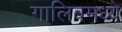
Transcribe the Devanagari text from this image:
गालिबमध्ये